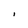
Character: 1